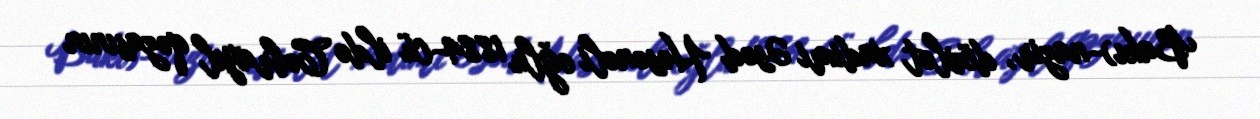
Bakı)-nazir, dövlət xadimi Əsəd Həsənəli oğlu 1884-cü ildə Cəbrayıl qəzasının